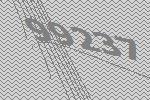
99237